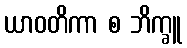
ယာဝတိကာ စ ဘိက္ခူ